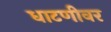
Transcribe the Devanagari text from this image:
धाटणीवर